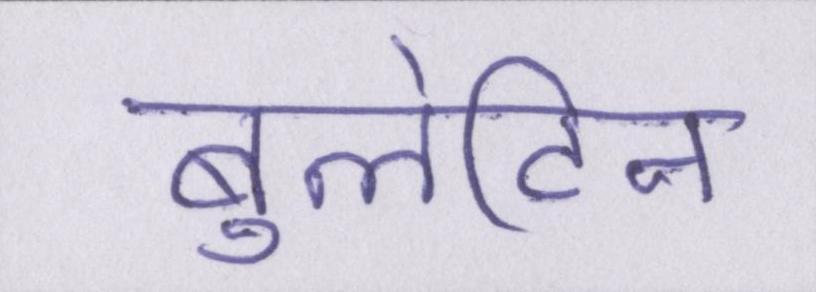
बुलेटिन